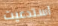
استدعيت